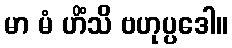
မာ မံ ဟိံသိ ဗဟုပ္ပဒေါ။